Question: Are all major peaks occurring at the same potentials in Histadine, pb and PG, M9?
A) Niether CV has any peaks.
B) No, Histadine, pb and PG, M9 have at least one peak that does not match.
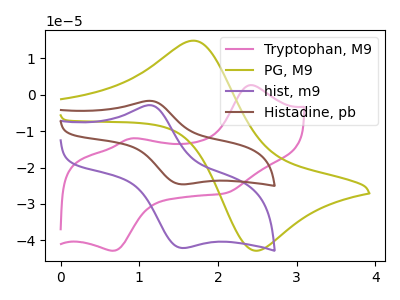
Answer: <think>The pink curve "Tryptophan, M9" has anodic peaks at (2.40V, 2.65uA) (0.90V, -12.05uA) and cathodic peaks at (0.70V, -42.85uA) (2.10V, -27.05uA). The olive curve "PG, M9" has an anodic peak at (1.70V, 14.85uA) and a cathodic peak at (2.45V, -42.70uA). The purple curve "hist, m9" has an anodic peak at (1.15V, -2.95uA) and a cathodic peak at (1.55V, -42.10uA). The brown curve "Histadine, pb" has an anodic peak at (1.15V, -1.75uA) and a cathodic peak at (1.55V, -24.60uA).</think>
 <answer>B) No, "Histadine, pb" and "PG, M9" have at least one peak that does not match.</answer>
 <eval>B</eval>